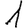
Digit: 1